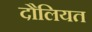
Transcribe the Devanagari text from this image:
दौलियत